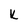
Character: K